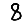
Digit: 8